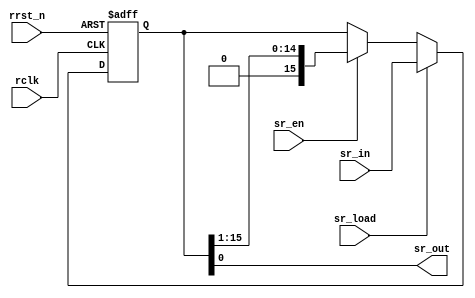
// Ethan Weidman

// There were no papers for this outside of application specific dealing with feedback
// While searching I found a solution, here is the reference:
// B. Cohen, Real Chip Design and Verification Using Verilog and VHDL
// https://books.google.com/books?hl=en&lr=&id=aQd4QYNV88EC

module shift_reg #(parameter SSIZE=16) (output reg sr_out, input [SSIZE-1:0] sr_in,
                  input sr_load, sr_en, rclk, rrst_n);

reg [SSIZE-1:0] sr_reg;

always @(posedge rclk or negedge rrst_n)
begin
    if (!rrst_n)
        sr_reg <= {SSIZE{1'b0}};
    else if (sr_load)
        sr_reg <= sr_in;
    else if (sr_en)
        sr_reg <= sr_reg >> 1;
end

always @(*)
    sr_out = sr_reg[0];

endmodule